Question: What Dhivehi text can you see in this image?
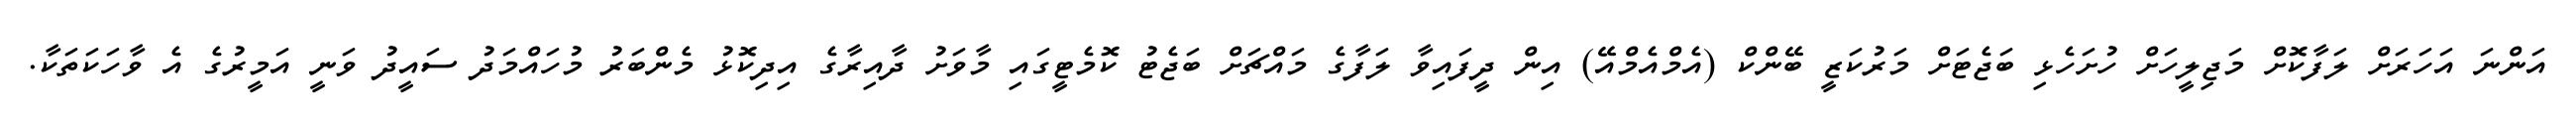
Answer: އަންނަ އަހަރަށް ލަފާކޮށް މަޖިލީހަށް ހުށަހެޅި ބަޖެޓަށް މަރުކަޒީ ބޭންކް (އެމްއެމްއޭ) އިން ދީފައިވާ ލަފާގެ މައްޗަށް ބަޖެޓު ކޮމެޓީގައި މާވަށު ދާއިރާގެ އިދިކޮޅު މެންބަރު މުހައްމަދު ސައީދު ވަނީ އަމީރުގެ އެ ވާހަކަތަކާ.